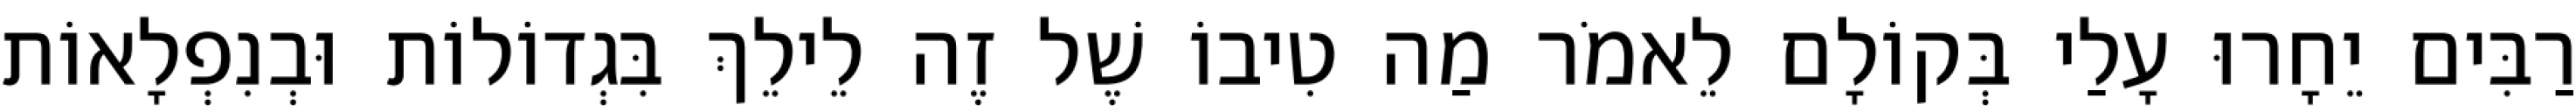
רַבִּים יֵחָרוּ עָלַי בְּקוֹלָם לֵאמֹר מַה טִיבוֹ שֶׁל זֶה לֵילֵךְ בִּגְדוֹלוֹת וּבְנִפְלָאוֹת